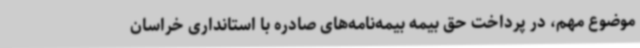
موضوع مهم، در پرداخت حق بیمه بیمه‌نامه‌های صادره با استانداری خراسان